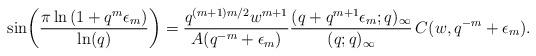
LaTeX: \begin{align*}\sin\!\left(\frac{\pi\ln\left(1+q^{m}\epsilon_{m}\right)}{\ln(q)}\right)=\frac{q^{(m+1)m/2}w^{m+1}}{A(q^{-m}+\epsilon_{m})}\frac{(q+q^{m+1}\epsilon_{m};q)_{\infty}}{(q;q)_{\infty}}\, C(w,q^{-m}+\epsilon_{m}).\end{align*}